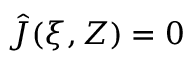
\hat { J } ( \xi , Z ) = 0